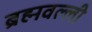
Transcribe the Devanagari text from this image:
ब्रह्मवल्ली